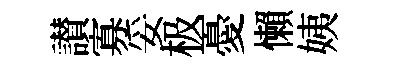
讃寡妥极憂懶姨